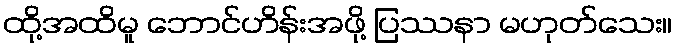
ထို့အထိမူ ဘောင်ဟိန်းအဖို့ ပြဿနာ မဟုတ်သေး။